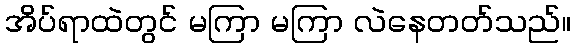
အိပ်ရာထဲတွင် မကြာ မကြာ လဲနေတတ်သည်။